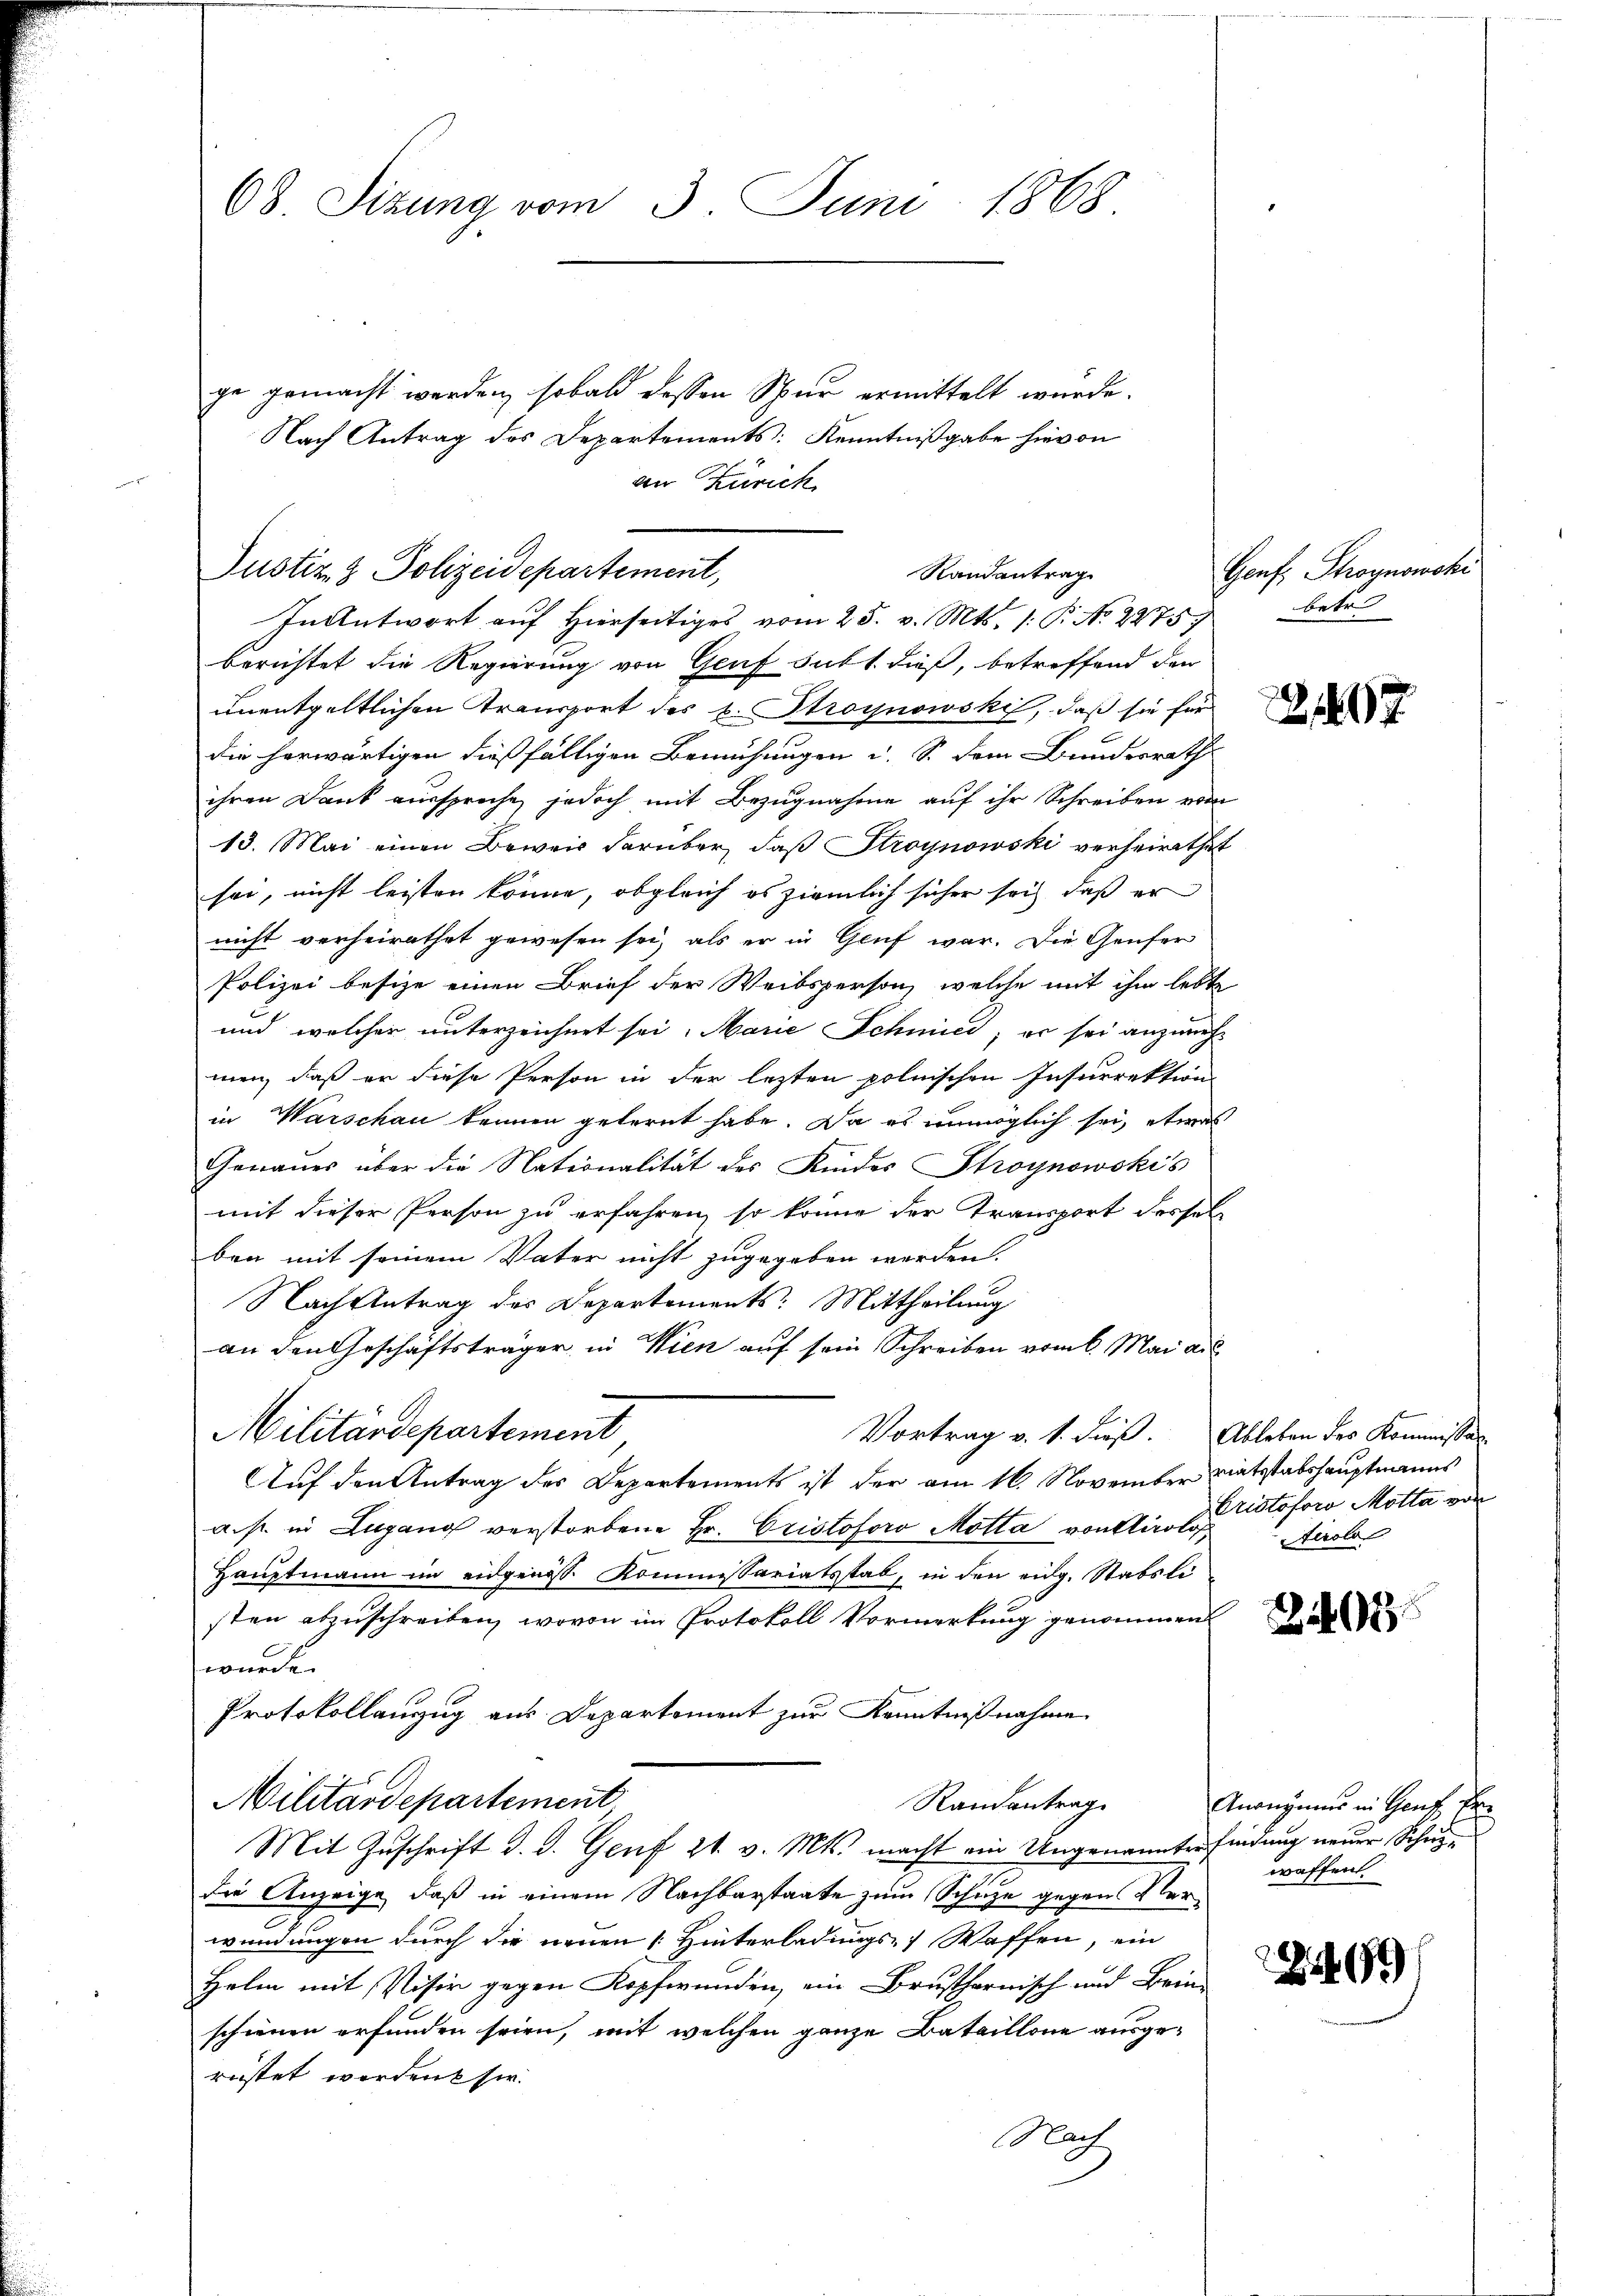
68 Sizung vom 3. Juni 1868.

Justiz & Polizeidepartement,
Randantrag

ge gemacht werden, sobald dessen Spur ermittelt wurde.
Nach Antrag des Departements: Kenntnißgabe hievon
an Zürich

In Antwort auf hierseitiges vom 25. v. Mts. 1. P. No 2275 betr.
berichtet die Regierung von Genf subt dieß, betreffend der
unentgeltlichen Transport des L. Stroynowski, daß sie für
die herwärtigen dießfälligen Bemühungen u. S. dem Bundesrath
ihren Dank ausspreche, jedoch mit Bezugnahme auf ihr Schreiben von
13. Mai einen Beweis darüber, daß Stroynowski verheirathet
sei, nicht leisten könne, obgleich es ziemlich sicher sich, daß er
nicht verheirathet gewesen sei, als er in Genf war. Die Genfer
Polizei besize einen Brief der Weibsperson, welche mit ihm lebte
und welcher unterzeichnet sei. Marie Schmied; er sei anzuneh
men, daß er diese Person in der lezten polnischen Insurrektion
in Warschau kennen gefernt habe. Da es unmöglich sei, etwas
Genaues über die Nationalität des Kindes Stroynowskis
mit dieser Person zu erfahren, so könne der Transport derselben mit seinem Vater nicht zugegeben werden.
Nach Antrag des Departements: Mittheilung
an den Geschäftsträger in Wien auf sein Schreiben vom 6. Mai au
2.
Militärdepartement
Vortrag v. 1. dieß. Ableben des Kommissar
Auf den Antrag des Departements ist der am 16. November viatsstabshauptmanns
a. p. in Lugang verstorbene Hr. Cristoforo Motta von Ain soforo Motta von
Hauptmann im eidgenos Kommissariatsstab, in den eidg. Stabsli
sten abzuschreiben, wovon im Protokoll Vormerkung genommen
wurde.
Protokollanzug aus Departement zur Kenntnißnahme
Militärdepartement
Randantrag
Mit Zuschrift d. d. Genf 21. v. Mts. macht ein Ungenanntes findung neuer Schuldie Anzeige, daß in einem Nachbarstaate zum Schule gegen Verwendungen durch die neuen Hinterladungs-, Waffen, ein
Helm mit Visir gegen Kopfwunden, ein Brusthornisch und Bein-
schienen erfunden seien, mit welchen ganze Bataillone ausge-
rüstet worden sie.
Nach

Genf, Phroynowski

tirolo

243

Anonymus in Genf fe
waffen

299)